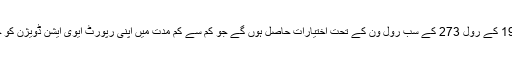
نوٹی فکیشن میں کہا گیا کہ تحقیقاتی ٹیم کو سول ایوی ایشن کے رولز 1994 کے رول 273 کے سب رول ون کے تحت اختیارات حاصل ہوں گے جو کم سے کم مدت میں اپنی رپورٹ ایوی ایشن ڈویژن کو جمع کرائیگی تاہم ابتدائی رپورٹ ایک ماہ کے اندر سامنے لائی جائے گی۔